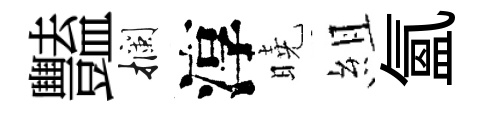
豔攔淳曉組氲